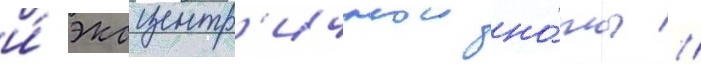
и́ эксцентр'ичнои но́ты /